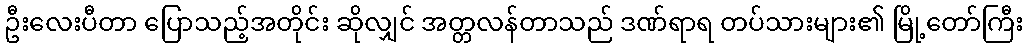
ဦးလေးပီတာ ပြောသည့်အတိုင်း ဆိုလျှင် အတ္တလန်တာသည် ဒဏ်ရာရ တပ်သားများ၏ မြို့တော်ကြီး